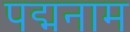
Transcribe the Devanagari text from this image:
पद्मनाम